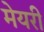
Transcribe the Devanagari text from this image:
मेयरी